Lunatic asylums Madras 1877-1891 - 1877-1891
Year: 1877
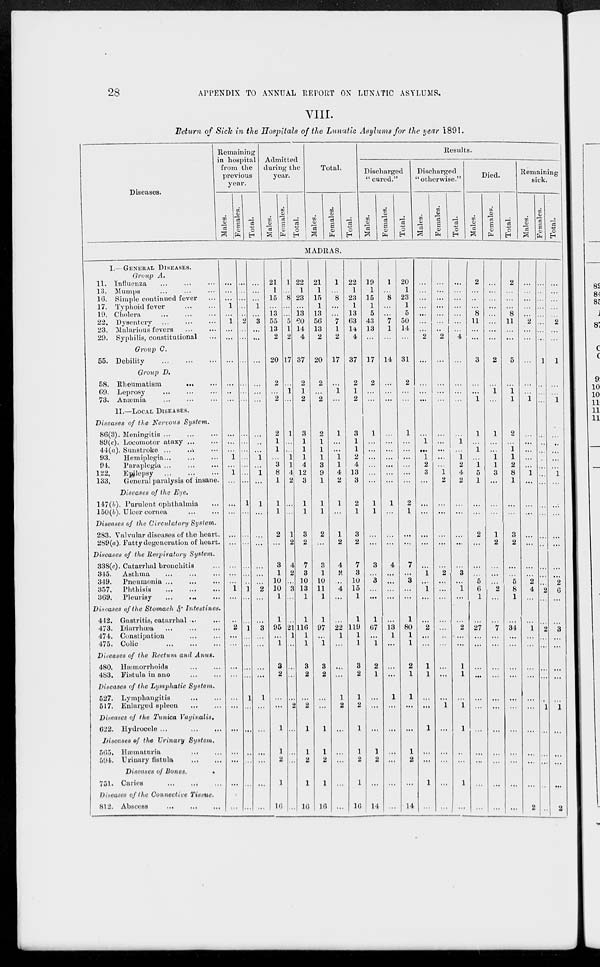
28
APPENDIX TO ANNUAL REPORT ON LUNATIC ASYLUMS.
VIII.
Return of Sick in the Hospitals of the Lunatic Asylums for the year 1891.
Diseases.
Remaining
hospital
from the
previous
year.
Males.
Females.
Total.
Admitted
during the
year.
Males.
Females.
Total.
Total.
Males.
Females.
Total.
Results.
Discharged
" cured."
Males.
Females.
Total.
Discharged
"otherwise."
Males.
Females.
Total.
Died.
Males.
Females.
Total.
Remaining
sick.
Males.
Females.
Total.
MADRAS.
I.—GENERAL DISEASES.
Group A.
11. Influenza ... ... ...
13. Mumps ... ... ...
16. Simple continued fever ...
17. Typhoid fever
...
...
19. Cholera
...
...
...
22. Dysentery
...
...
...
23. Malarious fevers ... ...
29. Syphilis, constitutional ...
Group C.
55. Debility
...
...
...
Group D.
58. Rheumatism
...
...
69. Leprosy ... ... ...
73. Anæmia ... ... ...
II.—LOCAL DISEASES.
Diseases of the Nervous System.
86(3). Meningitis
...
...
...
89(c). Locomotor ataxy ... ...
44(a). Sunstroke ...
... ...
93.
Hemiplegia ... ... ...
94.
Paraplegia ... ... ...
122. Epilepsy
...
...
...
133. General paralysis of insane.
Diseases of the Eye.
147(b). Purulent ophthalmia ...
150(b). Ulcer cornea
...
...
Diseases of the Circulatory System.
283. Valvular diseases of the heart.
289(a). Fatty degeneration of heart.
Diseases of the Respiratory System.
338(c). Catarrhal bronchitis ...
345. Asthma
...
...
...
349. Pneumonia
...
...
...
357. Phthisis
...
...
...
369. Pleurisy
...
...
...
Diseases of the Stomach & Intestines.
442. Gastritis, catarrhal ...
...
473. Diarrhœa
...
...
...
474. Constipation ... ...
475. Colic
...
...
...
Diseases of the Rectum and Anus.
480. Hæmorrhoids
...
...
483. Fistula in ano
...
...
Diseases of the Lymphatic System.
527. Lymphangitis
...
...
517. Enlarged spleen
...
...
Diseases of the Tunica Vaginalis.
622. Hydrocele ...
...
...
Diseases of the Urinary System.
565. Hæmaturia
...
...
594. Urinary
fistula
...
...
Diseases of Bones.
751. Caries
...
...
...
Diseases of the Connective Tissue.
812. Abscess
...
...
...
...
...
...
1
...
1
...
...
...
...
..
...
...
...
...
1
...
1
...
...
...
...
...
...
...
...
1
...
...
2
...
...
...
...
...
...
...
...
...
...
...
..
...
..
..
...
2
...
...
...
...
...
...
...
...
...
...
...
...
...
1
...
...
...
...
...
...
1
...
...
1
...
...
...
...
1
...
...
...
...
...
...
...
...
...
1
...
3
...
...
...
...
...
...
...
...
...
1
...
1
...
1
...
...
...
...
...
...
2
...
...
3
...
...
...
...
1
...
...
...
...
...
...
21
1
15
...
13
55
13
2
20
2
...
2
2
1
1
...
3
8
1
1
1
2
...
3
1
10
10
1
1
95
...
1
3
2
...
...
1
1
2
1
16
1
...
8
..
..
5
1
2
17
...
1
...
1
...
...
1
1
4
2
...
...
1
2
4
2
...
3
...
...
21
1
...
...
...
...
2
...
...
...
...
...
22
1
23
...
13
60
14
4
37
2
1
2
3
1
1
1
4
12
3
1
1
3
2
7
3
10
13
1
1
116
1
1
3
2
...
2
1
1
2
1
16
21
1
15
1
13
56
13
2
20
2
...
2
2
1
1
1
3
9
1
1
1
2
...
3
1
10
11
1
1
97
...
1
3
2
...
...
1
1
2
1
16
1
...
8
...
...
7
1
2
17
...
1
...
1
...
...
1
1
4
2
1
...
1
2
4
2
...
4
...
...
22
1
...
...
...
1
2
...
...
...
...
...
22
1
23
1
13
63
14
4
37
2
1
2
3
1
1
2
4
13
3
2
1
3
2
7
3
10
15
1
1
119
1
1
3
2
1
2
1
1
2
1
16
19
1
15
1
5
43
13
...
17
2
...
...
1
...
...
...
...
...
...
1
1
...
...
3
...
3
...
...
1
67
...
1
2
1
...
...
...
1
2
...
14
1
...
8
...
...
7
1
...
14
...
...
...
...
...
...
...
...
...
...
1
...
...
...
4
...
...
...
...
...
13
1
...
...
...
1
...
...
...
...
...
...
20
1
23
1
5
50
14
...
31
2
...
...
1
...
...
...
...
...
...
2
1
...
...
7
...
3
...
...
1
80
1
1
2
1
1
...
...
1
2
...
14
...
...
...
...
...
...
...
2
...
...
...
...
...
1
...
1
2
3
...
...
...
...
...
...
1
...
1
...
...
2
...
...
1
1
...
...
1
...
...
1
...
...
...
...
...
...
...
..
2
...
...
...
...
...
...
...
...
...
1
2
...
...
...
...
...
2
...
...
...
...
...
..
...
...
...
...
1
...
...
...
...
...
...
...
...
...
...
...
...
4
...
...
...
...
...
1
...
1
2
4
2
...
...
...
...
...
3
...
1
...
...
2
...
...
1
1
...
1
1
...
...
1
...
2
...
...
...
8
11
...
...
3
...
...
1
1
...
1
...
1
5
1
...
...
2
...
...
...
5
6
1
...
27
...
...
...
...
...
...
...
...
...
...
...
...
...
...
...
...
...
...
...
2
...
1
...
1
...
...
1
1
3
...
...
...
1
2
...
...
...
2
...
...
7
...
...
...
...
...
...
...
...
...
...
...
2
...
...
...
8
11
...
...
5
...
1
1
2
...
1
1
2
8
1
...
...
3
2
...
...
5
8
1
...
34
...
...
...
...
...
...
...
...
...
...
...
...
...
...
...
...
2
...
...
...
...
...
1
...
...
...
...
...
1
...
...
...
...
...
...
...
2
4
...
...
1
...
...
...
...
...
...
...
...
...
...
2
...
...
...
...
...
...
...
...
1
...
...
...
...
...
...
...
...
...
...
...
...
...
...
...
...
...
2
...
...
2
...
...
...
...
...
1
...
...
...
...
...
...
...
...
...
...
2
...
...
1
...
...
1
...
...
...
...
...
1 ...
...
...
...
...
...
...
2
6
...
...
8
...
...
...
...
...
1
...
...
...
...
2